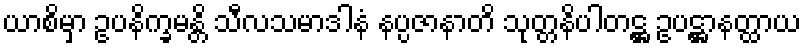
ယာစိမှာ ဥပနိက္ခမန္တိ သီလသမာဒါနံ နပ္ပဇာနာတိ သုတ္တနိပါတဋ္ဌ ဥပဋ္ဌာနတ္ထာယ